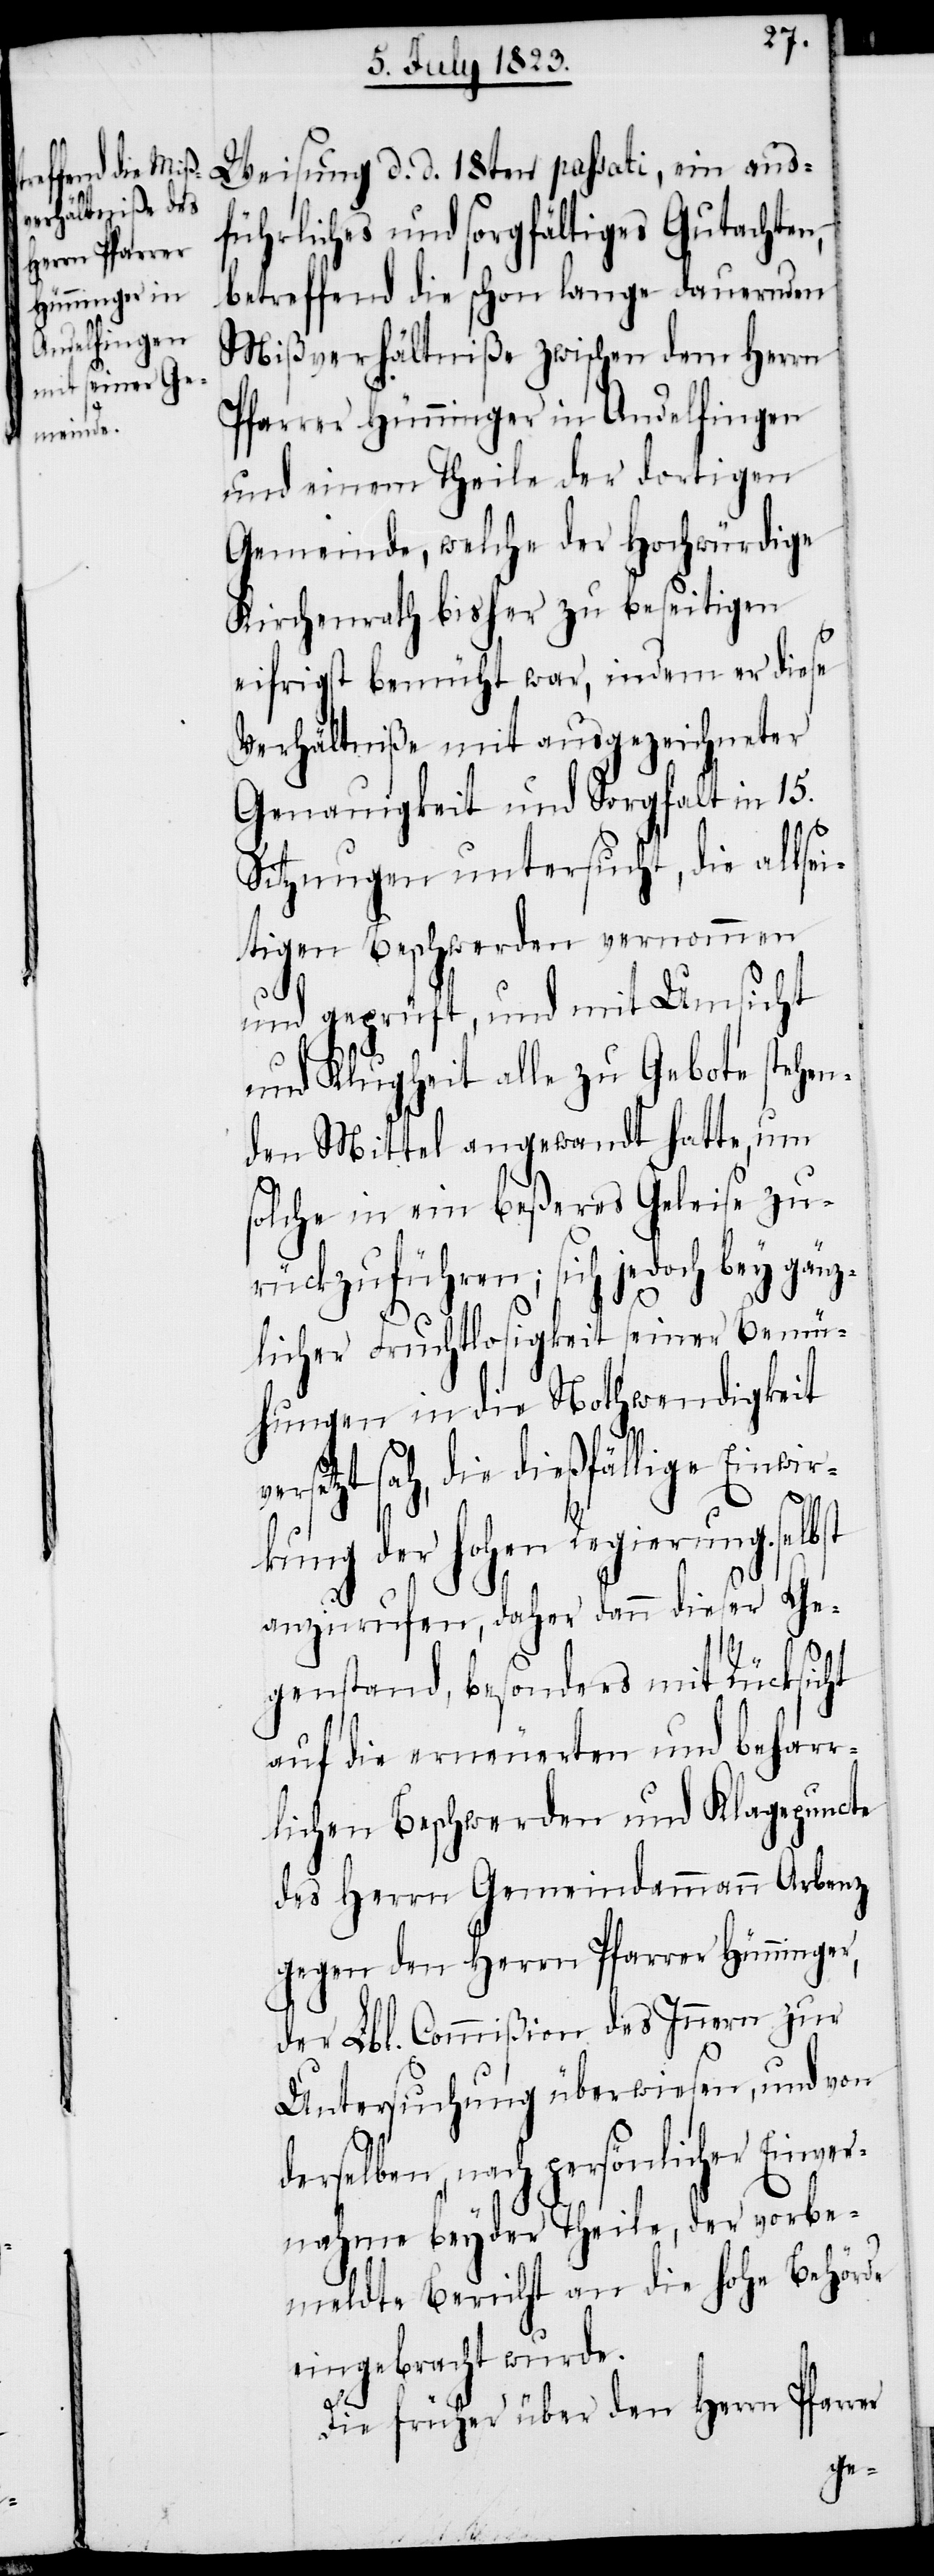
Weisung d. d. 18ten passati, ein aus¬
führliches und sorgfältiges Gutachten,
betreffend die schon lange dauernden
Mißverhältniße zwischen dem Herrn
Pfarrer Hünninger in Andelfingen
und einem Theile der dortigen
Gemeinde, welche der Hochwürdige
Kirchenrath bisher zu beseitigen
eifrigst bemüht war, indem er diese
Verhältniße mit ausgezeichneter
Genauigkeit und Sorgfalt in 15.
Sitzungen untersucht, die allsei¬
tigen Beschwerden vernommen
und geprüft, und mit Umsicht
bst
und Klugheit alle zu Gebote stehen¬
den Mittel angewandt hatte, um
solche in ein beßeres Geleise zu¬
rückzuführen; sich jedoch bey gänz¬
licher Fruchtlosigkeit seiner Bemü¬
hungen in die Nothwendigkeit
setzt sah, die dießfällige Einwir¬
kung der hohen Regierung sel¬
anzurufen, daher dann dieser Ge¬
genstand, besonders mit Rücksicht
auf die erneuerten und behar¬
rlichen Beschwerden und Klagepuncte
des Herrn Gemeindammann Arbenz
gegen den Herrn Pfarrer Hünninger,
der Lbl. Commißion des Innern zur
Untersuchung überwiesen, und von
derselben, nach persönlicher Einver¬
nahme beyder Theile, der vorbe¬
meldte Bericht an die hohe Behörde
eingebracht wurde.
Die früher über den Herrn Pfarrer
ver¬